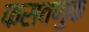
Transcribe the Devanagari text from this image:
फसवणुक